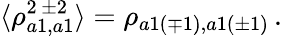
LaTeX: \langle\rho_{a1,a1}^{2\, \pm 2}\rangle=\rho_{a1(\mp 1),a1(\pm 1)}\, .